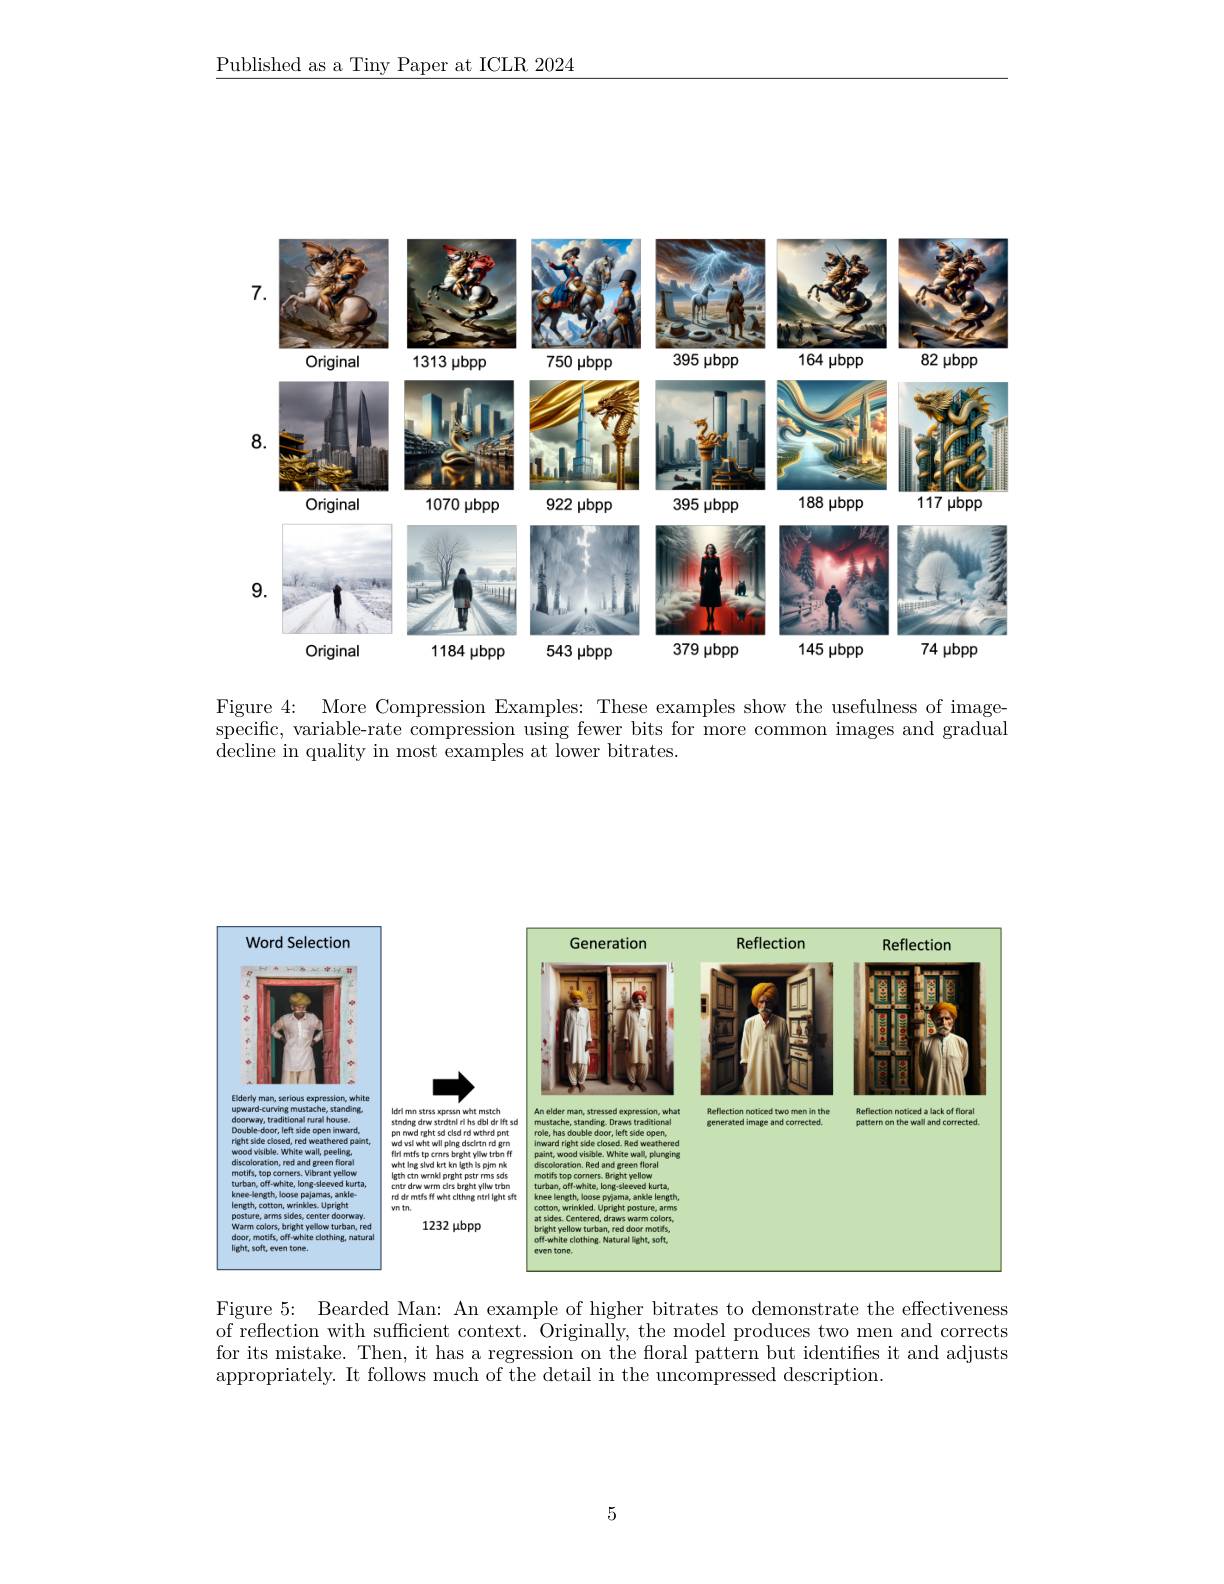
Published as a Tiny Paper at ICLR 2024

<FigureHere>

Figure 4: More Compression Examples: These examples show the usefulness of imagespecific, variable-rate compression using fewer bits for more common images and gradual decline in quality in most examples at lower bitrates.

<FigureHere>

Figure 5: Bearded Man: An example of higher bitrates to demonstrate the effectiveness of reflection with sufficient context. Originally, the model produces two men and corrects for its mistake. Then, it has a regression on the floral pattern but identifies it and adjusts appropriately. It follows much of the detail in the uncompressed description.